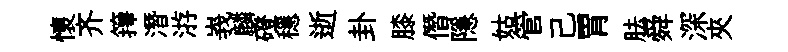
懷齐籜潛㳺峩麟磴穩逝卦膝僭隱姑管己胃胠舜深夾